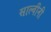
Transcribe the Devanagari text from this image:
साल्वीनी